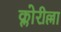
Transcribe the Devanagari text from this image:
क्लोरील्ला